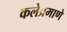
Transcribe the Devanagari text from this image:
कलेप्रमाणे